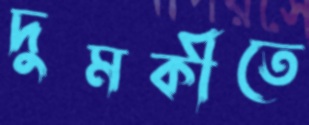
দুমকীতে